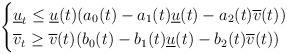
LaTeX: \begin{align*}\begin{cases}\underline u_t\leq \underline u(t)( a_0(t)-a_1(t)\underline u(t) -a_2(t)\overline v(t))\\\overline v_t\geq \overline v(t)( b_0(t)-b_1(t)\underline u(t) -b_2(t)\overline v(t))\\\end{cases}\end{align*}